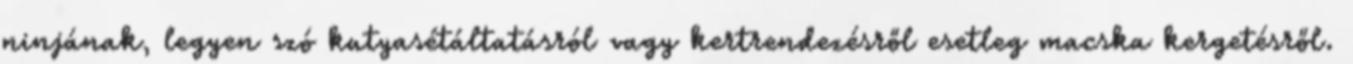
ninjának, legyen szó kutyasétáltatásról vagy kertrendezésről esetleg macska kergetésről.